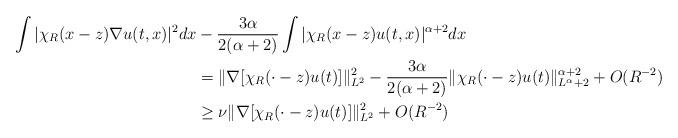
LaTeX: \begin{align*}\int |\chi_R(x-z) \nabla u(t,x)|^2 dx &-\frac{3\alpha}{2(\alpha+2)} \int |\chi_R(x-z) u(t,x)|^{\alpha+2} dx \\&= \|\nabla [\chi_R(\cdot-z) u(t)]\|^2_{L^2} - \frac{3\alpha}{2(\alpha+2)} \|\chi_R(\cdot-z) u(t)\|^{\alpha+2}_{L^\alpha+2} + O(R^{-2}) \\&\geq \nu \|\nabla [\chi_R(\cdot-z) u(t)]\|^2_{L^2} + O(R^{-2})\end{align*}